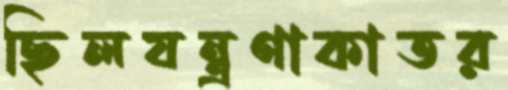
ছিলযন্ত্রণাকাতর